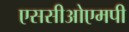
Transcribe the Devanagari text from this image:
एससीओएमपी